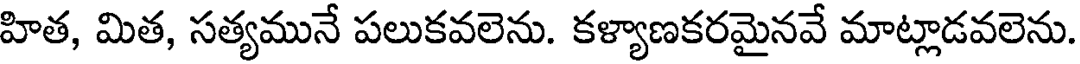
హిత, మిత, సత్యమునే పలుకవలెను. కళ్యాణకరమైనవే మాట్లాడవలెను.